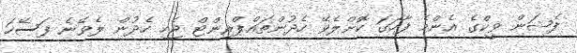
ފެޝަން ވީކްގެ އެންމެ ފާހަގަ ކޮށްލެވޭ ހެދުންތައްޕްރިންޓް ޖެހި ހެދުން ލެވޭނެ ފަސޭހަ